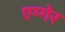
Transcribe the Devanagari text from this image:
एग्गेर